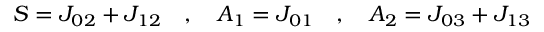
S = J _ { 0 2 } + J _ { 1 2 } \quad , \quad A _ { 1 } = J _ { 0 1 } \quad , \quad A _ { 2 } = J _ { 0 3 } + J _ { 1 3 }